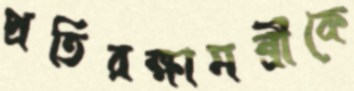
প্রতিরক্ষামন্ত্রীকে